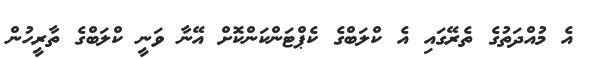
އެ މުއްދަތުގެ ތެރޭގައި އެ ކްލަބްގެ ކެޕްޓަންކަންކޮށް އޭނާ ވަނީ ކްލަބްގެ ތާރީހުން